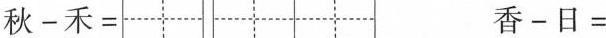
秋-禾= 香-日=